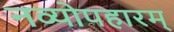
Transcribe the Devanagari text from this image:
नव्योपहारम्